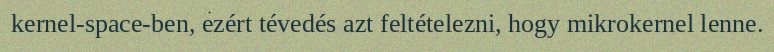
kernel-space-ben, ezért tévedés azt feltételezni, hogy mikrokernel lenne.